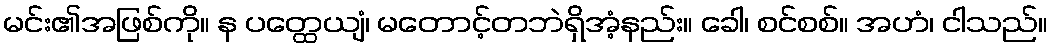
မင်း၏အဖြစ်ကို။ န ပတ္ထေယျံ၊ မတောင့်တဘဲရှိအံ့နည်း။ ခေါ၊ စင်စစ်။ အဟံ၊ ငါသည်။